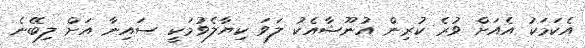
އެކަމަކު އެއަށް ވުރެ ކުރިން އުނޫޝާއެކު ލަވަ ކިޔާލެވުމަކީ ސައިނާ އަށް ލިބޭނެ